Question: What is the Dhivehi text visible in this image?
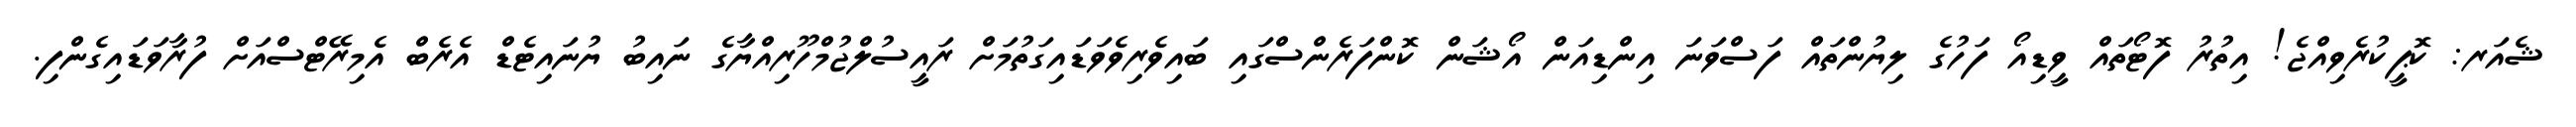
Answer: ޝެއަރ: ކޮޕީކުރެވިއްޖެ! އިތުރު ފޮޓޯތައް ވީޑިއޯ ފަހުގެ ލިޔުންތައް ފަސްވަނަ އިންޑިއަން އޯޝަން ކޮންފަރެންސްގައި ބައިވެރިވެވަޑައިގަތުމަށް ރައީސުލްޖުމްހޫރިއްޔާގެ ނައިބު ޔުނައިޓެޑް އެރެބް އެމިރޭޓްސްއަށް ފުރާވަޑައިގެންފި.